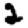
Digit: 2